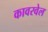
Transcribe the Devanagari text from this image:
कावरवेल